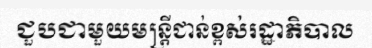
ជួបជាមួយមន្ត្រីជាន់ខ្ពស់រដ្ឋាភិបាល